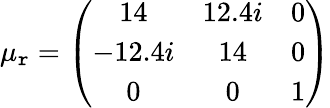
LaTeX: \mu_{\mathtt{r}}=\left(\begin{array}{ccc}{14}&{12.4i}&{0}\\ {-12.4i}&{14}&{0}\\ {0}&{0}&{1}\end{array}\right)